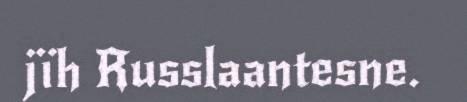
jïh Russlaantesne.